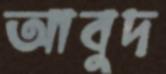
আবুদ